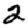
Digit: 2